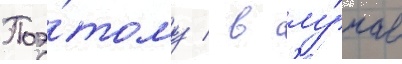
Поэ́тому / в слу́чае